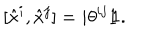
[ \hat { x } ^ { i } , \hat { x } ^ { j } ] = i { \theta } ^ { i j } { \rlap { 1 } \hspace { 1 . 6 p t } \mathrm { 1 } } .